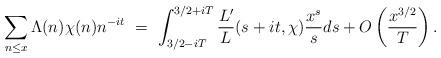
LaTeX: \begin{align*} \sum_{n\le x} \Lambda(n) \chi(n) n^{-it} \ = \ \int_{3/2-iT}^{3/2+iT}\frac{L'}{L} (s+it, \chi) \frac{x^s}{s}ds + O\left(\frac{x^{3/2}}{T}\right). \end{align*}